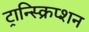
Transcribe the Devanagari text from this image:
ट्रान्स्क्रिप्शन